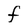
Character: f